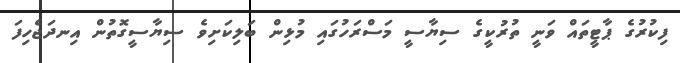
ފިކުރުގެ ޕާޓީތައް ވަނީ ތުރުކީގެ ސިޔާސީ މަސްރަހުގައި މުޅިން ބަލިކަށިވެ ސިޔާސީގޮތުން އިނދަޖެހިފަ